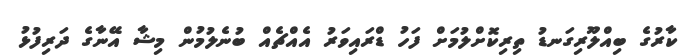
ކާރުގެ ބިއްލޫރިގަނޑު ތިރިކޮށްލުމަށް ފަހު ޑްރައިވަރު އެއްޗެއް ބުނެލުމުން މިޝާ އޭނާގެ ދަރިފުޅު